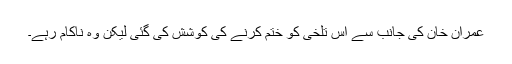
عمران خان کی جانب سے اس تلخی کو ختم کرنے کی کوشش کی گئی لیکن وہ ناکام رہے۔